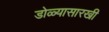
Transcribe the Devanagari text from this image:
डोळ्यासारखी